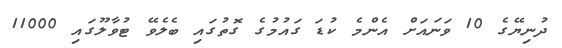
ދުނިޔޭގެ 10 ވަނައަށް އެންމެ ކުޑަ ގައުމުގެ ގޮތުގައި ބެލެވޭ ޓުވާލޫގައި 11000